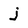
Character: j